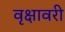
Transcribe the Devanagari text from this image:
वृक्षावरी